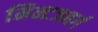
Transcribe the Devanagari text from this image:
मिन्टजबर्ग